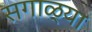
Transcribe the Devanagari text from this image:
सगाळ्या